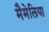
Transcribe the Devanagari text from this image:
मैमेलिया